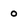
Character: o